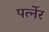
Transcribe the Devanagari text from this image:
पर्त्नेर